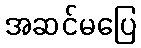
အဆင်မပြေ